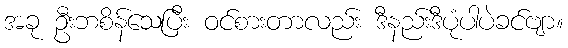
အခု ဦးဘစိန်သေပြီး ဝင်စားတာလည်း ဒီနည်းဒီပုံပါပဲခင်ဗျာ။